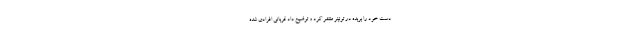
دست خود را بریده در توئیتر منتشر کرد و توضیح داد قربانی افرادی شده